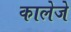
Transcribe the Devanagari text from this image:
कालेजे